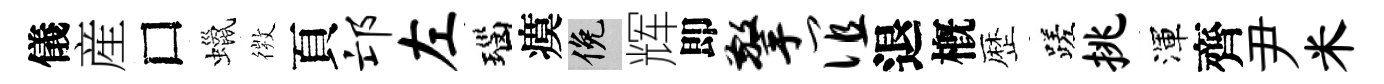
儀産□蠟𢕄頁邙左瑙瘼俯辉即擎谊退槪歴蹉挑渾齊尹米